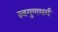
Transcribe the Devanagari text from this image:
स्वगुणधर्म